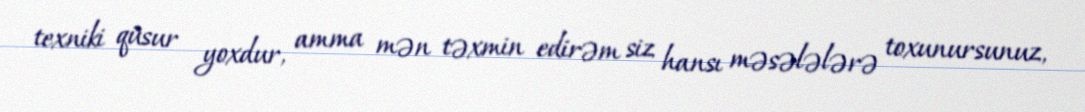
texniki qüsur yoxdur, amma mən təxmin edirəm siz hansı məsələlərə toxunursunuz,